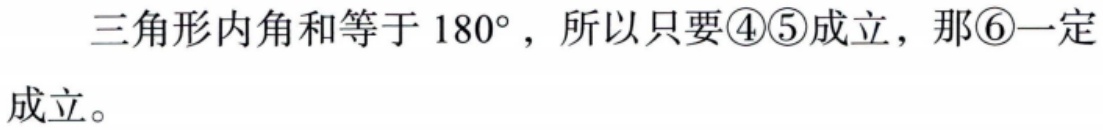
三角形内角和等于 \(180^{\circ}\)，所以只要\textcircled{4}\textcircled{5}成立，那\textcircled{6}一定成立。